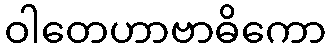
ဝါတေဟာဗာဓိကော